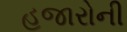
હજારોની